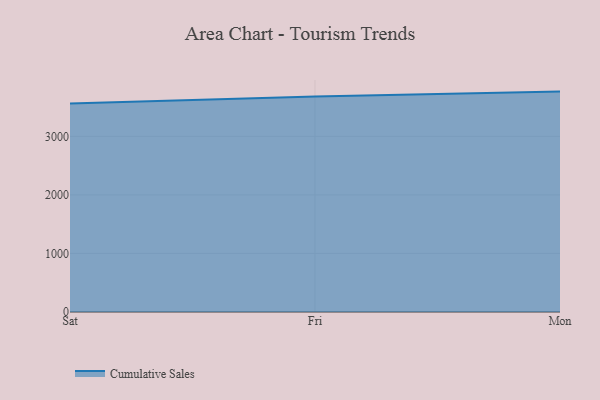
{"axis": {"x": "Day", "y": "Waste Production (Tons)"}, "legend": ["Cumulative Sales"], "data": [{"x": "Sat", "y": 3560.5, "type": "Cumulative Sales"}, {"x": "Fri", "y": 3679.8, "type": "Cumulative Sales"}, {"x": "Mon", "y": 3764.6, "type": "Cumulative Sales"}]}